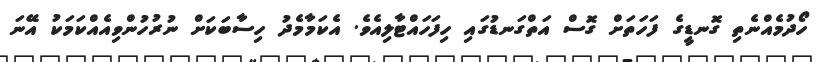
ހޯދުމެއްނެތި ގޮނޑީގެ ފަހަތަށް ގޮސް އަތްގަނޑުގައި ހިފަހައްޓާލިއެވެ. އެކަމާމެދު ހިސާބަކަށް ނުރުހުންވިއެއްކަމަކު އޭނަ